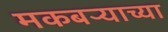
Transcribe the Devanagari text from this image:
मकबऱ्याच्या